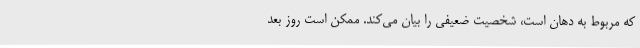
که مربوط به دهان است، شخصیت ضعیفی را بیان می‌کند. ممکن است روز بعد